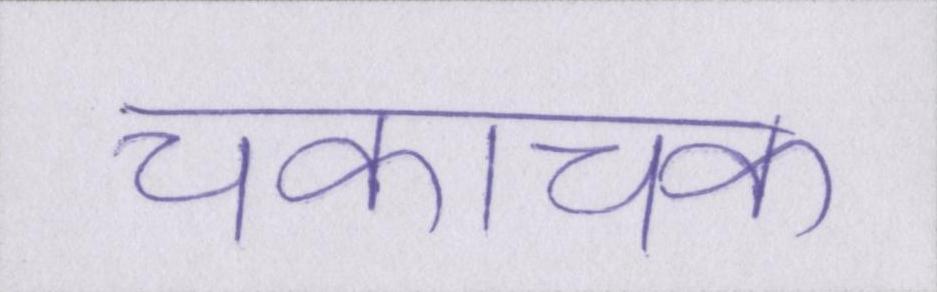
चकाचक